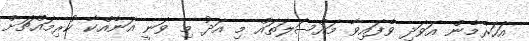
އަހަރެމެން އަވަދި ވެފައިވާ މައްސަލަތައް މި އަދު މި ވަނީ އަނެއްކާ ކުރިމައްޗަށް